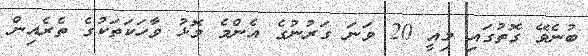
ބުނެވޭ ގޮތުގައި މިއީ 20 ވަނަ ގަރުނުގެ އެންމެ މޮޅު ވާހަކަތަކުގެ ތެރެއިން